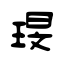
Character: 琝